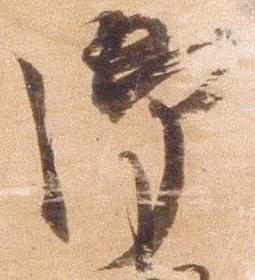
御